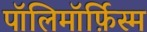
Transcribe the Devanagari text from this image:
पॉलिमॉर्फ़िस्म